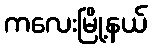
ကလေးမြို့နယ်